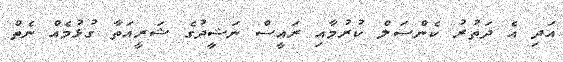
އަދި އެ ދަތުރު ކެންސަލް ކުރުމާއި ރައީސް ނަޝީދުގެ ޝަރީއަތާ ގުޅުމެއް ނެތް